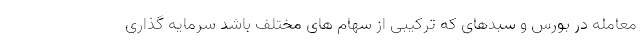
معامله در بورس و سبدهای که ترکیبی از سهام های مختلف باشد سرمایه گذاری